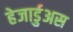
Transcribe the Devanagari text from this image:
हेजार्डुअस